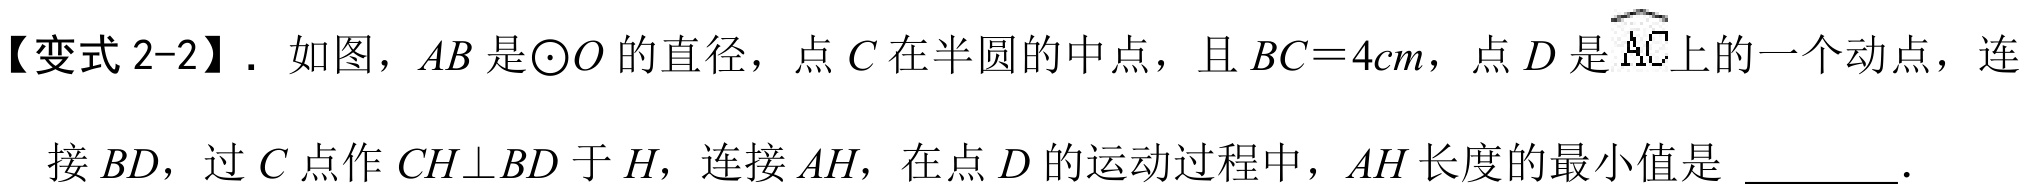
【变式 2-2】. 如图，\(AB\) 是\(\odot O\) 的直径，点 \(C\) 在半圆的中点，且 \(BC = 4cm\)，点 \(D\) 是\(\overset{\frown}{AC}\)上的一个动点，连
接 \(BD\)，过 \(C\) 点作 \(CH\perp BD\) 于 \(H\)，连接 \(AH\)，在点 \(D\) 的运动过程中，\(AH\) 长度的最小值是 ________.